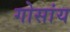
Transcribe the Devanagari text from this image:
गोसांय